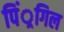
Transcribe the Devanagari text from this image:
पिं्रगिल